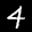
Label: 4